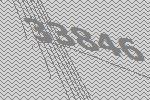
33846